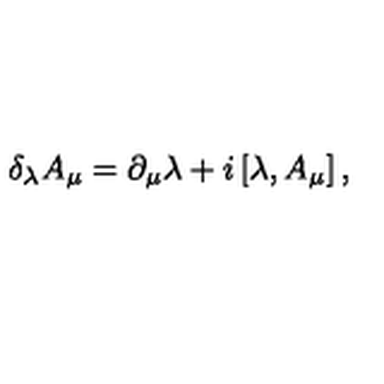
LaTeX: \delta _ { \lambda } { A } _ { \mu } = \partial _ { \mu } { \lambda } + i \left[ \lambda , { A } _ { \mu } \right] ,